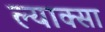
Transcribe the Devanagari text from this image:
ल्याक्सा